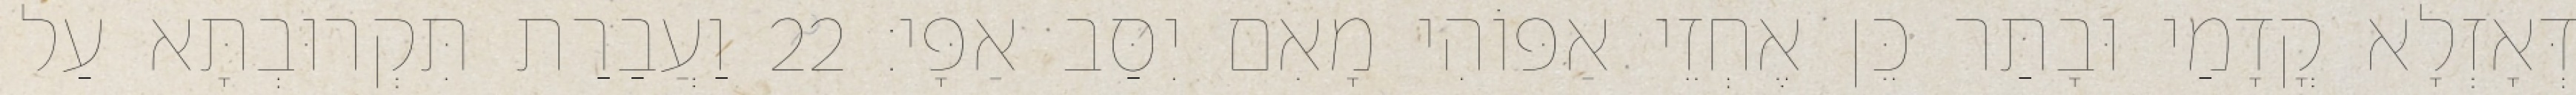
דְּאָזְלָא קֳדָמַי וּבָתַר כֵּן אֶחְזֵי אַפּוֹהִי מָאִם יִסַּב אַפָּי׃ 22 וַעֲבַרַת תִּקְרוּבְתָּא עַל